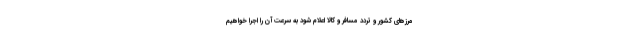
مرزهای کشور و تردد مسافر و کالا اعلام شود به سرعت آن را اجرا خواهیم